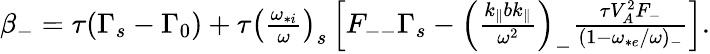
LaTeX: \begin{array}{r}{\beta_{-}=\tau(\Gamma_{s}-\Gamma_{0})+\tau\left(\frac{\omega_{*i}}{\omega}\right)_{s}\left[F_{--}\Gamma_{s}-\left(\frac{k_{\parallel}bk_{\parallel}}{\omega^{2}}\right)_{-}\frac{\tau V_{A}^{2}F_{-}}{(1-\omega_{*e}/\omega)_{-}}\right].}\end{array}